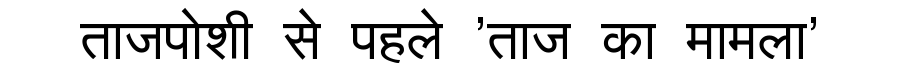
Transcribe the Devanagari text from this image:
ताजपोशी से पहले 'ताज का मामला'